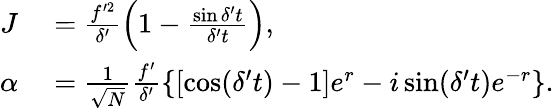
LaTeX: \begin{array}{rl}{J}&{{}=\frac{f^{\prime 2}}{\delta^{\prime}}\left(1-\frac{\sin\delta^{\prime}t}{\delta^{\prime}t}\right),}\\ {\alpha}&{{}=\frac{1}{\sqrt{N}}\frac{f^{\prime}}{\delta^{\prime}}\left\{ \left[\cos(\delta^{\prime}t)-1\right]e^{r}-i\sin(\delta^{\prime}t)e^{-r}\right\} .}\end{array}